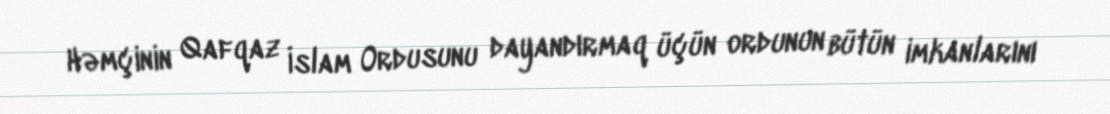
Həmçinin Qafqaz İslam Ordusunu dayandırmaq üçün ordunun bütün imkanlarını